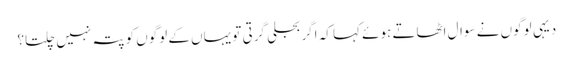
دیہی لوگوں نے سوال اٹھاتے ہوئے کہا کہ اگر بجلی گرتی تو یہاں کے لوگوں کو پتہ نہیں چلتا؟